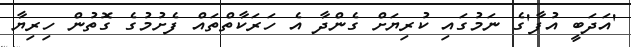
'އަދަބީ އުފާ'ގެ ނަމުގައި ކުރިޔަށް ގެންދާ އެ ހަރަކާތްތައް ފެށުމުގެ ގޮތުން ހިރިޔާ